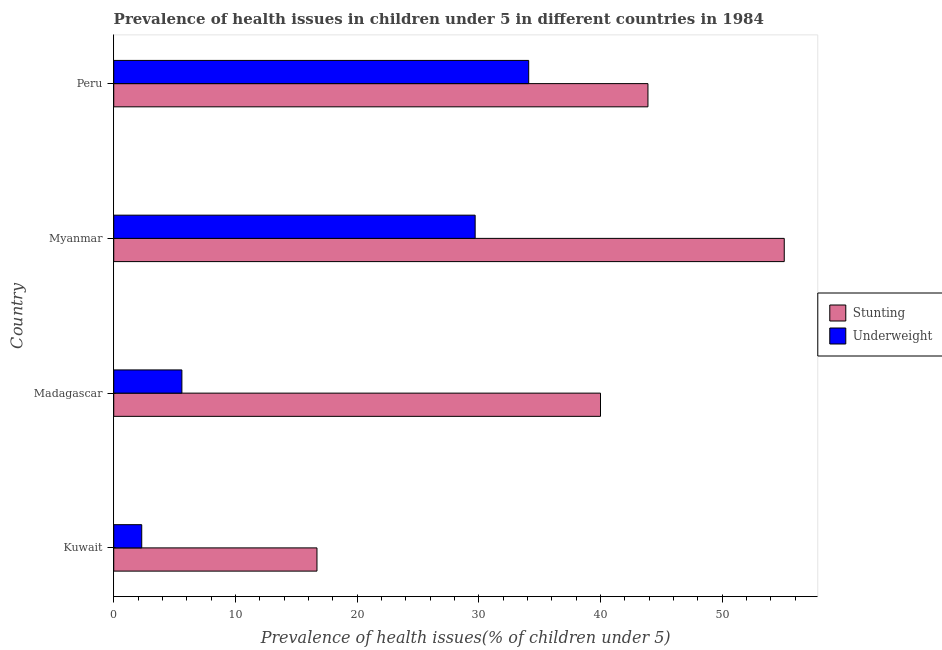
| Country | Stunting | Underweight |
 | --- | --- | --- |
 | Kuwait | 16.7 | 2.3 |
 | Madagascar | 40 | 5.6 |
 | Myanmar | 55.1 | 29.7 |
 | Peru | 43.9 | 34.1 |